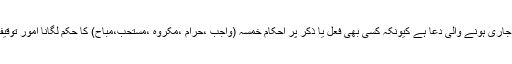
اس دعا کا پڑھنا اس سے ظاہر ہو تا ہے کہ یہ معصوم کی طرف سے جاری ہونے والی دعا ہے کیونکہ کسی بھی فعل یا ذکر پر احکام خمسہ (واجب ،حرام ،مکروہ ،مستحب،مباح) کا حکم لگانا امور توقیفیہ میں سے ہے جو صرف اور صرف معصوم ہی انجام دے سکتا ہے ۔